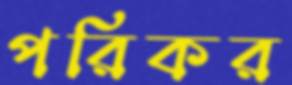
পরিকর